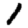
Digit: 1